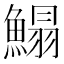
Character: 鰨